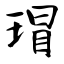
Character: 瑁